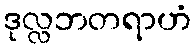
ဒုလ္လဘတရာဟံ